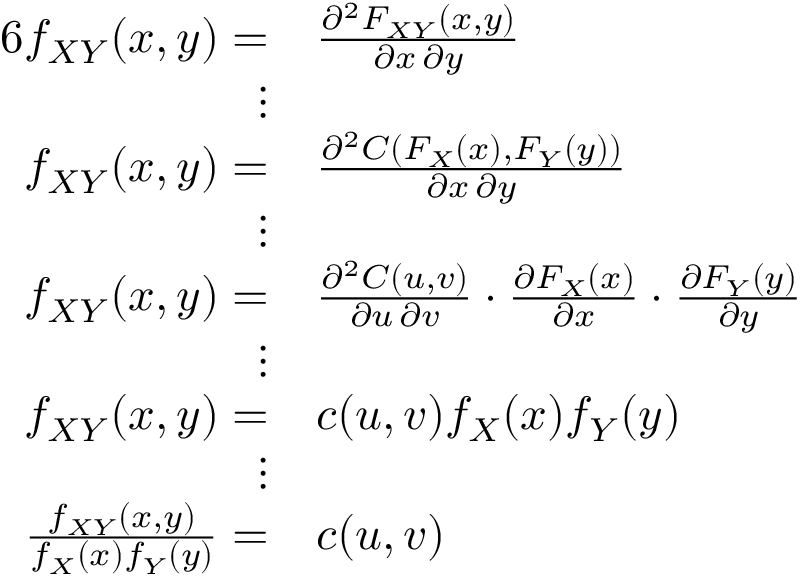
{ \begin{array} { r l } { { 6 } f _ { X Y } ( x , y ) = } & { { \frac { \partial ^ { 2 } F _ { X Y } ( x , y ) } { \partial x \, \partial y } } } \\ { \vdots } \\ { f _ { X Y } ( x , y ) = } & { { \frac { \partial ^ { 2 } C ( F _ { X } ( x ) , F _ { Y } ( y ) ) } { \partial x \, \partial y } } } \\ { \vdots } \\ { f _ { X Y } ( x , y ) = } & { { \frac { \partial ^ { 2 } C ( u , v ) } { \partial u \, \partial v } } \cdot { \frac { \partial F _ { X } ( x ) } { \partial x } } \cdot { \frac { \partial F _ { Y } ( y ) } { \partial y } } } \\ { \vdots } \\ { f _ { X Y } ( x , y ) = } & { c ( u , v ) f _ { X } ( x ) f _ { Y } ( y ) } \\ { \vdots } \\ { { \frac { f _ { X Y } ( x , y ) } { f _ { X } ( x ) f _ { Y } ( y ) } } = } & { c ( u , v ) } \end{array} }